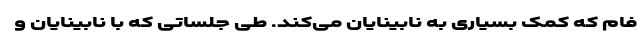
فام که کمک بسیاری به نابینایان می‌کند. طی جلساتی که با نابینایان و